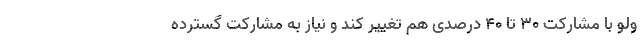
ولو با مشارکت 30 تا 40 درصدی هم تغییر کند و نیاز به مشارکت گسترده